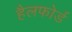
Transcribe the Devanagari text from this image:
हैलफोर्ड